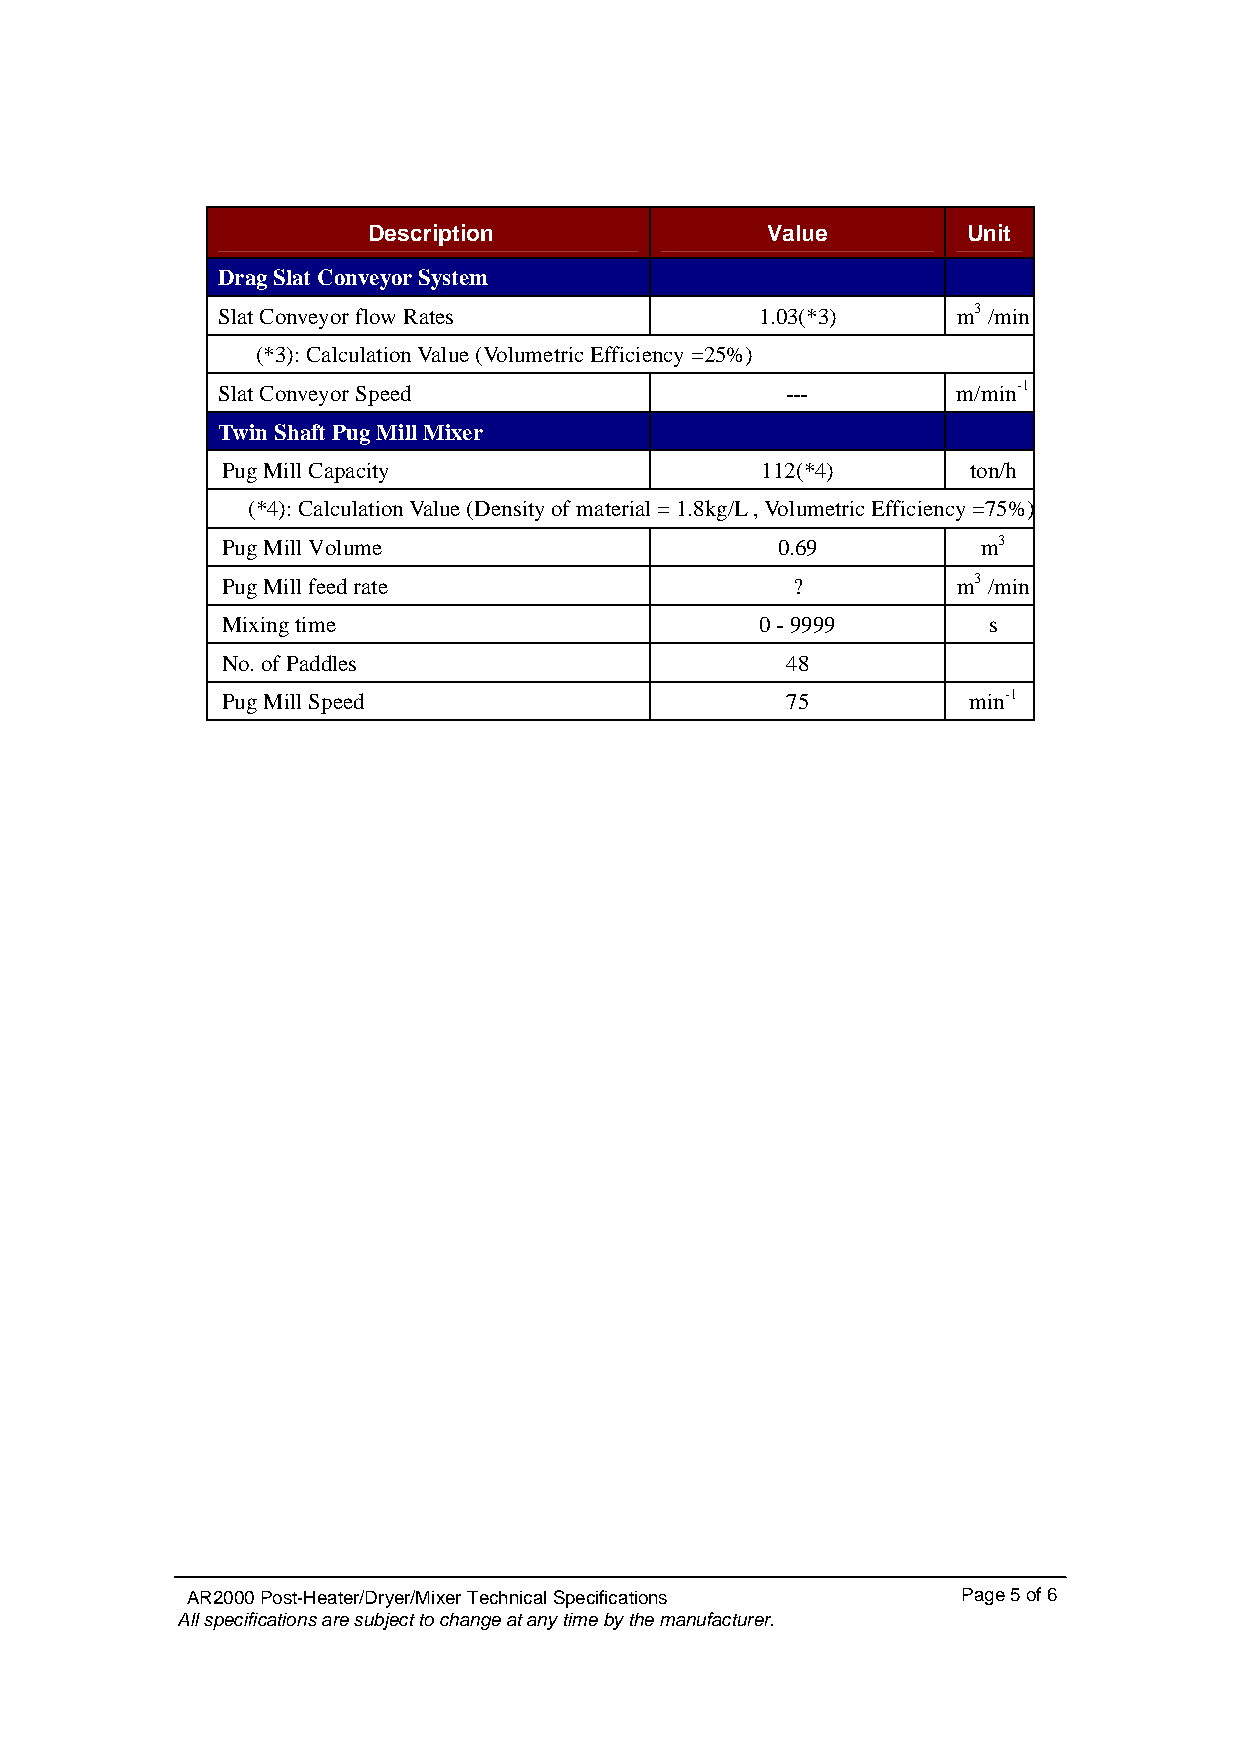
Description                Value        Unit
 Drag Slat Conveyor System
 Slat Conveyor flow Rates            1.03(*3)     m3 /min
 (*3): Calculation Value (Volumetric Efficiency =25%)
 Slat Conveyor Speed                   ---        m/min-1
 Twin Shaft Pug Mill Mixer
 Pug Mill Capacity                  112(*4)       ton/h
 (*4): Calculation Value (Density of material = 1.8kg/L , Volumetric Efficiency =75%)
 Pug Mill Volume                     0.69          m3
 Pug Mill feed rate                   ?          m3 /min
 Mixing time                        0 - 9999       s
 No. of Paddles                       48
 Pug Mill Speed                       75          min-1
 AR2000 Post-Heater/Dryer/Mixer Technical Specifications Page 5 of 6
 All specifications are subject to change at any time by the manufacturer.